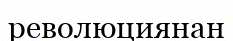
революциянан